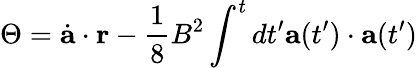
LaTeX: \Theta=\dot{\mathbf a}\cdot{\mathbf r}-{\frac{1}{8}}B^{2}\int^{t}dt^{\prime}{\mathbf a}(t^{\prime})\cdot{\mathbf a}(t^{\prime})